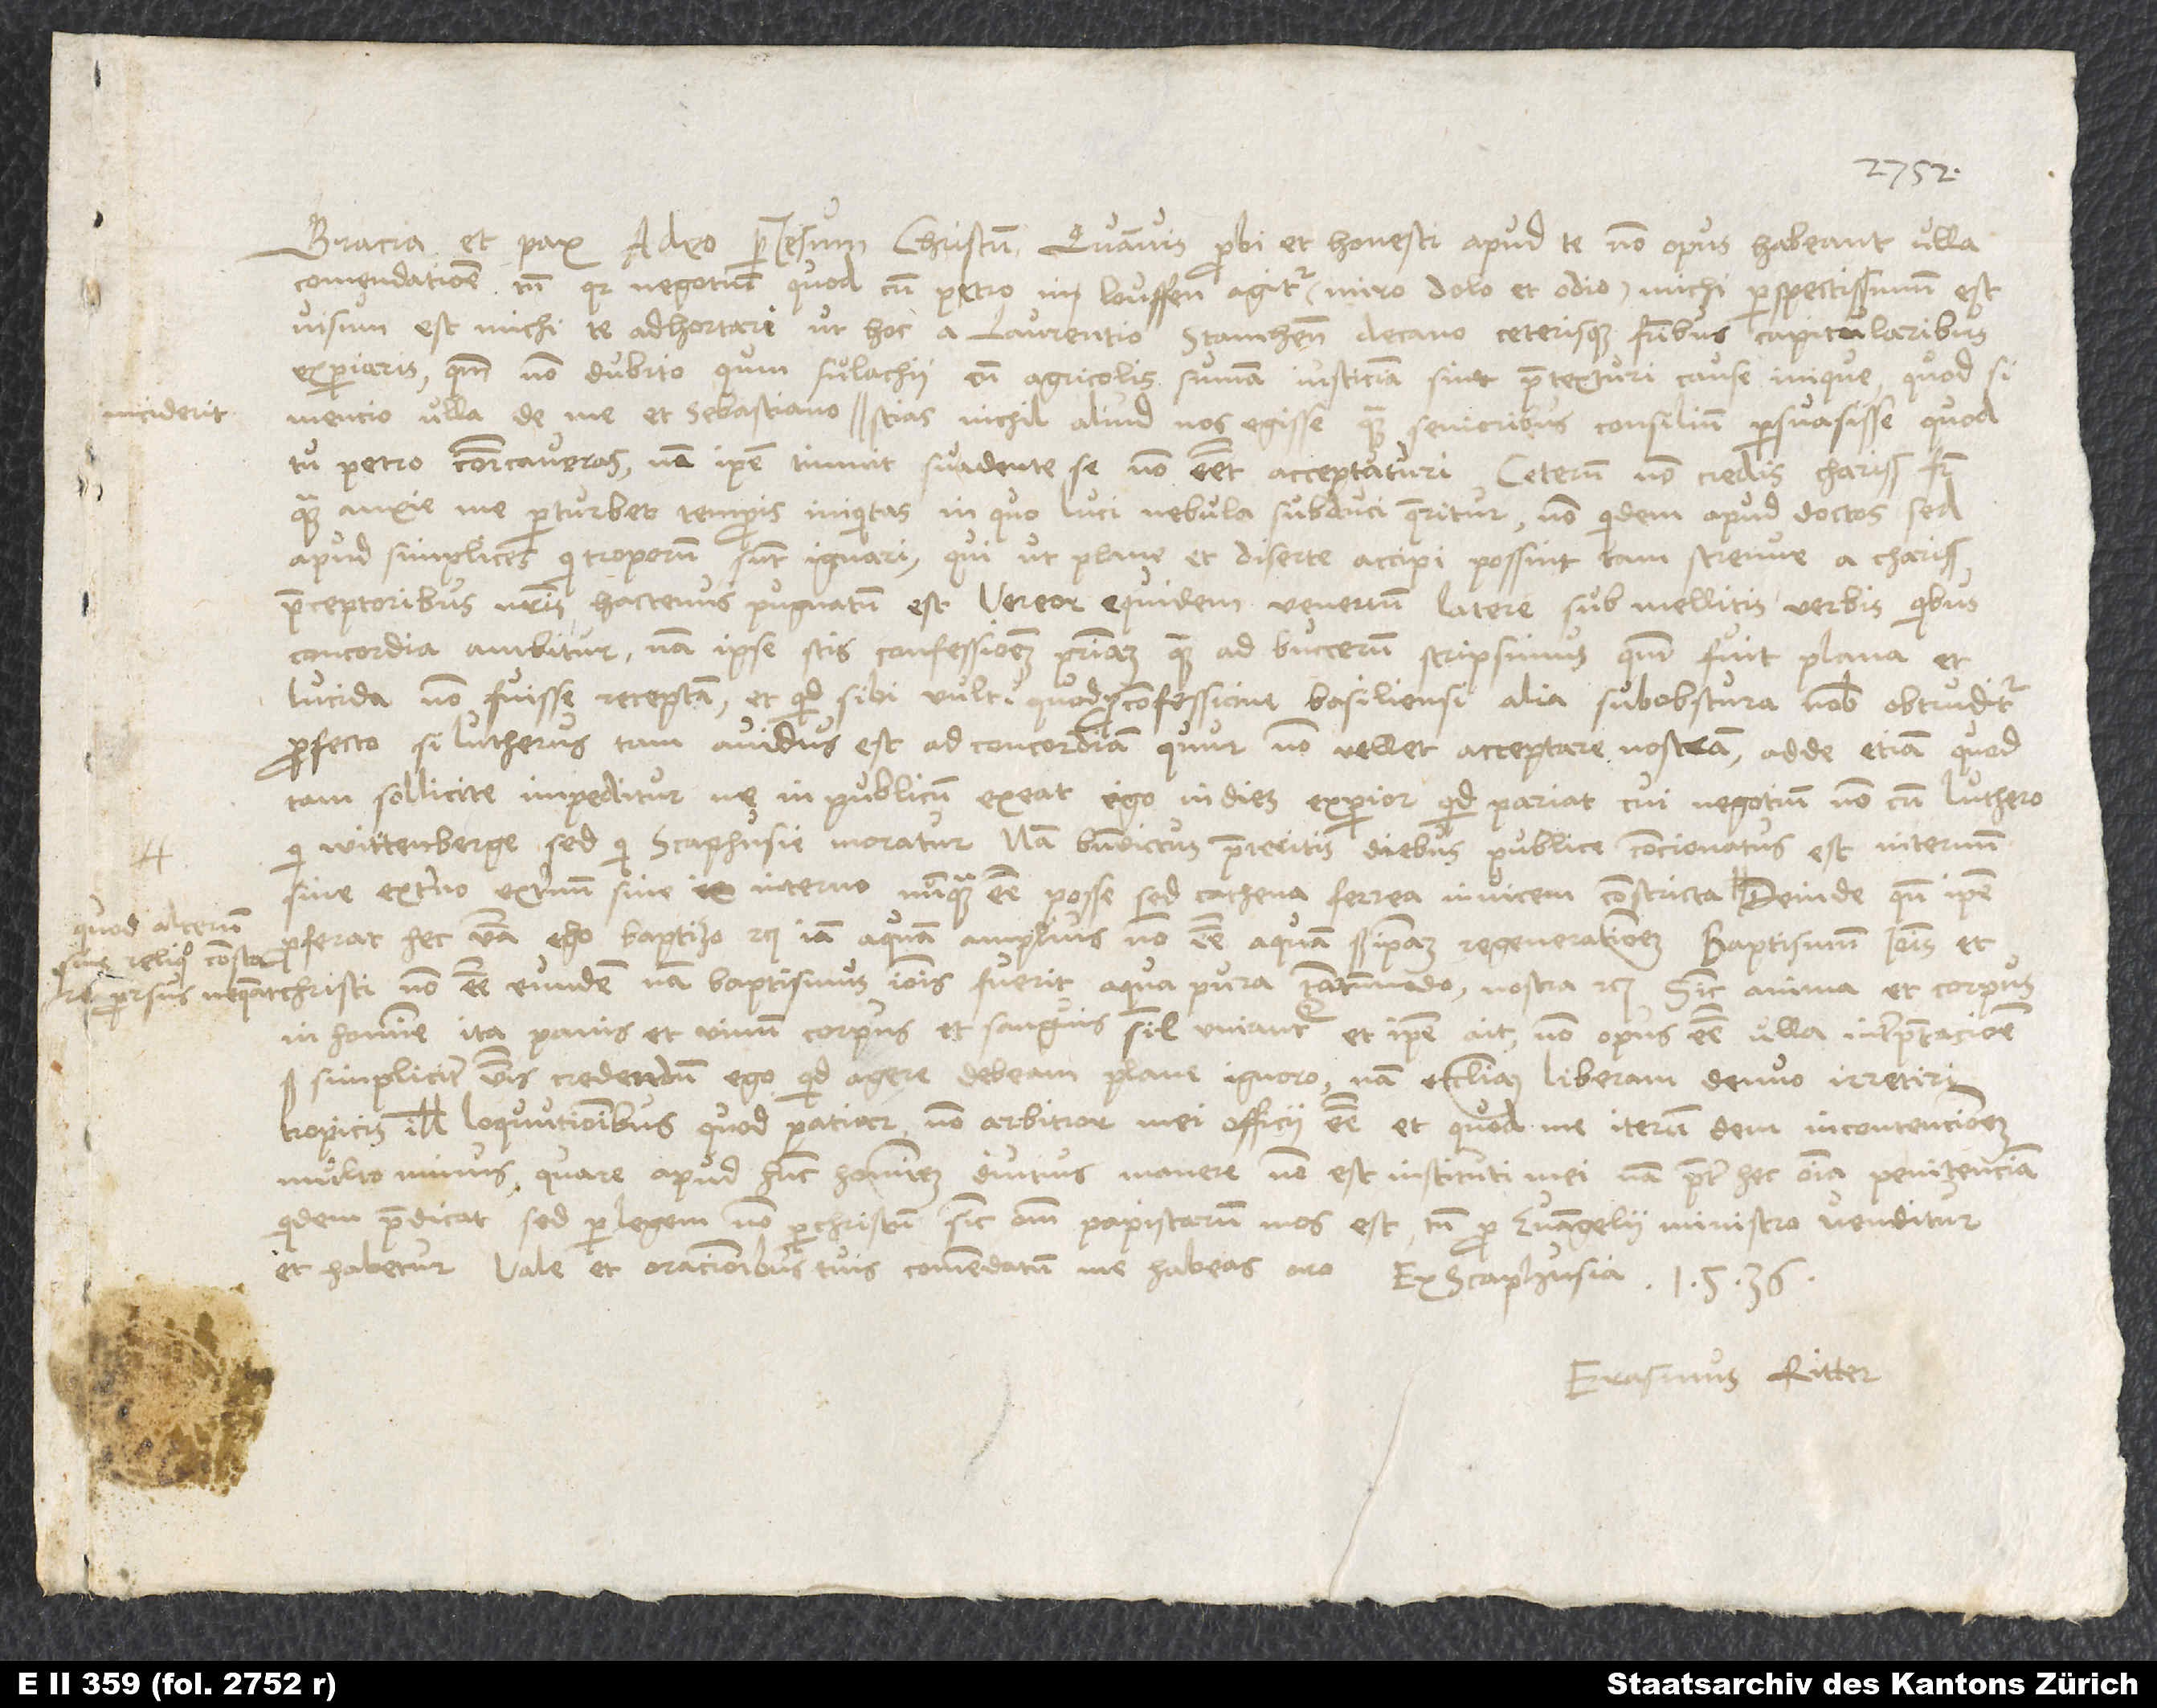
Gracia et pax a deo per Iesum Christum. Quamvis probi et honesti apud te non opus habeant ulla
comendatione, tamen, quia negotium, quod cum Petro in Louffen agitur (miro dolo et odio), michi perspectissimum est,
visum est michi te adhortari, ut hoc a Laurentio, Stamhensi decano, ceterisque fratribus capitularibus
experiaris, quoniam non dubito, quin Fulachii cum agricolis summam justiciam sint praetexturi cause inique. Quodsi
mencio ulla de me et Sebastiano inciderit, scias nichil aliud nos egisse quam senioribus consilium persuasisse, quod
tu Petro communicaveras; nam ipse timuit suadente se non essent acceptaturi. Ceterum non credis, charissime frater,
quam anxie me perturbet temporis iniquitas, in quo luci nebula subduci quaeritur, non quidem apud doctos, sed
apud simplices, qui troporum sunt ignari, qui ut plane et diserte accipi possint, tam strenue a charissimis
praeceptoribus nostris hactenus pugnatum est. Vereor equidem venenum latere sub mellitis verbis, quibus
concordia ambitur; nam ipse scis confessionem primam, quam ad Bucerum scripsimus, quoniam fuit plana et
lucida, non fuisse receptam et quid sibi vult, quod pro confessione Basiliensi alia subobscura nobis obtruditur?
Profecto, si Lutherus tam avidus est ad concordiam, quur non vellet acceptare nostram? Adde etiam, quod
tam sollicite impeditur, ne in publicum exeat. Ego in dies experior, quid pariat cui negotium non cum Luthero,
qui Wittenberge, sed qui Scaphusie moratur; nam Benedictus praeteritis diebus publice concionatus est internum
sine externo, externum sine interno nunquam esse posse, sed cathena ferrea invicem constricta, quod alterum
proferat hec verba "ego baptizo" etc., iam aquam amplius non esse aquam, sed ipsam regenerationem; baptismum Ioannis et
sine reliquo constare
Christi non esse eundem; nam baptismus bannis fuerit aqua pura tantummodo, nostra etc. Sicut anima et corpus
in homine, ita panis et vinum, corpus et sanguissimul uniantur, et ipse ait non opus esse ulla interpretatione,
simpliciter verbis credendum. Ego quid agere debeam, plane ignoro; nam ecclesiam liberam denuo irretiri
tropicis illis loquutionibus quod patiar, non arbitror mei officii esse, et quod me iterum dem in contencionem,
multo minus. Quare apud hunc hominem diutius manere non est instituti mei; nam praeter hec omnia penitenciam
quidem praedicat, sed per legem, non per Christum, sicut omnium papistarum mos est; tamen pro evangelii ministro venditur
et habetur. Vale et oracionibus tuis commendatum me habeas, oro. Ex Scaphusia,
1536.
Erasmus Ritter.